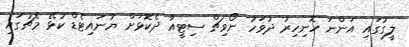
ލީގުގައި އަންނަ ހޮނިހިރު ދުވަހު ނޯވިޗް ސިޓީއާ ދެކޮޅަށް ޔުނައިޓެޑް ކުޅޭ މެޗުގައި